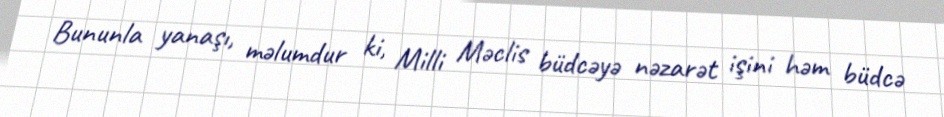
Bununla yanaşı, məlumdur ki, Milli Məclis büdcəyə nəzarət işini həm büdcə